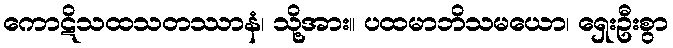
ကောဋိသထသတဿာနံ၊ သို့အား။ ပထမာဘိသမယော၊ ရှေးဦးစွာ